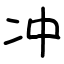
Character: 冲